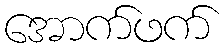
အောက်ဖက်